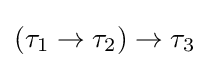
(\tau _{1}\to \tau _{2})\to \tau _{3}